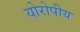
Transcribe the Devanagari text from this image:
योरोपीय